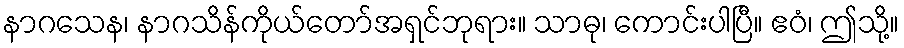
နာဂသေန၊ နာဂသိန်ကိုယ်တော်အရှင်ဘုရား။ သာဓု၊ ကောင်းပါပြီ။ ဧဝံ၊ ဤသို့။